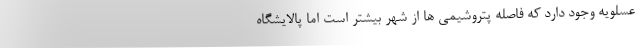
عسلویه وجود دارد که فاصله پتروشیمی ها از شهر بیشتر است اما پالایشگاه